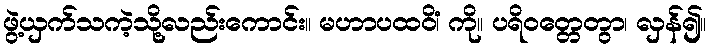
ဖွဲ့ယှက်သကဲ့သို့လည်းကောင်း။ မဟာပထဝိံ၊ ကို။ ပရိဝတ္တေတွာ၊ လှန်၍။